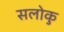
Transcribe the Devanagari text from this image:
सलोकु